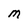
Character: M